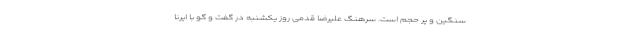
سنگین و پر حجم است. سرهنگ علیرضا قدمی روز یکشنبه در گفت و گو با ایرنا